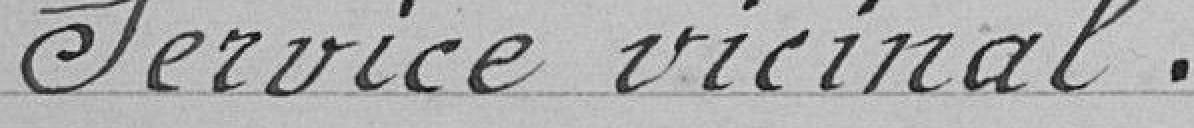
Service vicinal